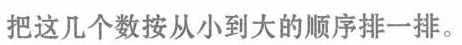
把这几个数按从小到大的顺序排一排。